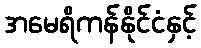
အမေရိကန်နိုင်ငံနှင့်